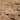
كل